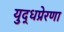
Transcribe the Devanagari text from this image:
युद्धप्रेरणा